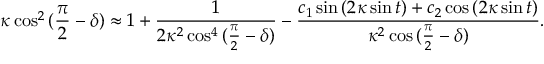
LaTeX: \kappa \cos ^ { 2 } { ( \frac { \pi } { 2 } - \delta ) } \approx 1 + \frac { 1 } { 2 \kappa ^ { 2 } \cos ^ { 4 } { ( \frac { \pi } { 2 } - \delta ) } } - \frac { c _ { 1 } \sin { ( 2 \kappa \sin { t } ) } + c _ { 2 } \cos { ( 2 \kappa \sin { t } ) } } { \kappa ^ { 2 } \cos { ( \frac { \pi } { 2 } - \delta ) } } .